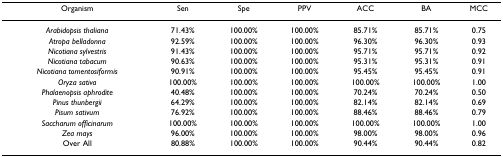
<table><thead><tr><td><b>Organism</b></td><td><b>Sen</b></td><td><b>Spe</b></td><td><b>PPV</b></td><td><b>ACC</b></td><td><b>BA</b></td><td><b>MCC</b></td></tr></thead><tbody><tr><td><i>Arabidopsis thaliana</i></td><td>71.43%</td><td>100.00%</td><td>100.00%</td><td>85.71%</td><td>85.71%</td><td>0.75</td></tr><tr><td><i>Atropa belladonna</i></td><td>92.59%</td><td>100.00%</td><td>100.00%</td><td>96.30%</td><td>96.30%</td><td>0.93</td></tr><tr><td><i>Nicotiana sylvestris</i></td><td>91.43%</td><td>100.00%</td><td>100.00%</td><td>95.71%</td><td>95.71%</td><td>0.92</td></tr><tr><td><i>Nicotiana tabacum</i></td><td>90.63%</td><td>100.00%</td><td>100.00%</td><td>95.31%</td><td>95.31%</td><td>0.91</td></tr><tr><td><i>Nicotiana tomentosiformis</i></td><td>90.91%</td><td>100.00%</td><td>100.00%</td><td>95.45%</td><td>95.45%</td><td>0.91</td></tr><tr><td><i>Oryza sativa</i></td><td>100.00%</td><td>100.00%</td><td>100.00%</td><td>100.00%</td><td>100.00%</td><td>1.00</td></tr><tr><td><i>Phalaenopsis aphrodite</i></td><td>40.48%</td><td>100.00%</td><td>100.00%</td><td>70.24%</td><td>70.24%</td><td>0.50</td></tr><tr><td><i>Pinus thunbergii</i></td><td>64.29%</td><td>100.00%</td><td>100.00%</td><td>82.14%</td><td>82.14%</td><td>0.69</td></tr><tr><td><i>Pisum sativum</i></td><td>76.92%</td><td>100.00%</td><td>100.00%</td><td>88.46%</td><td>88.46%</td><td>0.79</td></tr><tr><td><i>Saccharum officinarum</i></td><td>100.00%</td><td>100.00%</td><td>100.00%</td><td>100.00%</td><td>100.00%</td><td>1.00</td></tr><tr><td><i>Zea mays</i></td><td>96.00%</td><td>100.00%</td><td>100.00%</td><td>98.00%</td><td>98.00%</td><td>0.96</td></tr><tr><td>Over All</td><td>80.88%</td><td>100.00%</td><td>100.00%</td><td>90.44%</td><td>90.44%</td><td>0.82</td></tr></tbody></table>